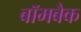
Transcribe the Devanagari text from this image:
बॉमबैक